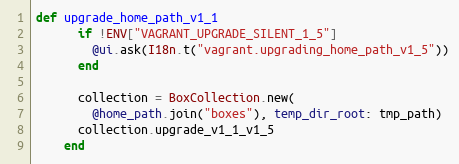
Language: Ruby
def upgrade_home_path_v1_1
      if !ENV["VAGRANT_UPGRADE_SILENT_1_5"]
        @ui.ask(I18n.t("vagrant.upgrading_home_path_v1_5"))
      end

      collection = BoxCollection.new(
        @home_path.join("boxes"), temp_dir_root: tmp_path)
      collection.upgrade_v1_1_v1_5
    end